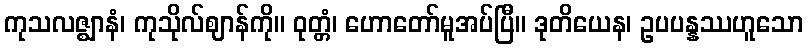
ကုသလဇ္ဈာနံ၊ ကုသိုလ်ဈာန်ကို။ ဝုတ္တံ၊ ဟောတော်မူအပ်ပြီ။ ဒုတိယေန၊ ဥပပန္နဿဟူသော